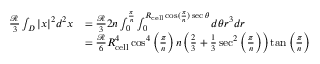
\begin{array} { r l } { \frac { \mathcal { R } } { 3 } \int _ { D } | x | ^ { 2 } d ^ { 2 } x } & { = \frac { \mathcal { R } } { 3 } 2 n \int _ { 0 } ^ { \frac { \pi } { n } } \int _ { 0 } ^ { R _ { \mathrm { c e l l } } \cos ( \frac { \pi } { n } ) \sec \theta } d \theta r ^ { 3 } d r } \\ & { = \frac { \mathcal { R } } { 6 } R _ { \mathrm { c e l l } } ^ { 4 } \cos ^ { 4 } \left( \frac { \pi } { n } \right) n \left( \frac { 2 } { 3 } + \frac { 1 } { 3 } \sec ^ { 2 } \left( \frac { \pi } { n } \right) \right) \tan \left( \frac { \pi } { n } \right) } \end{array}